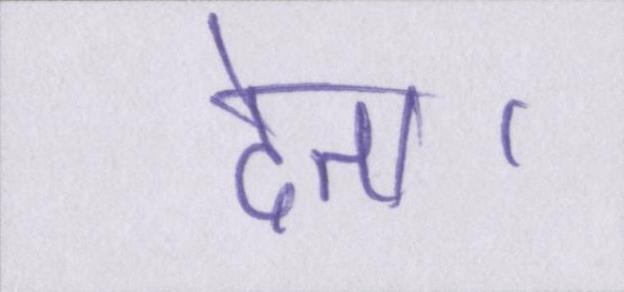
देता।